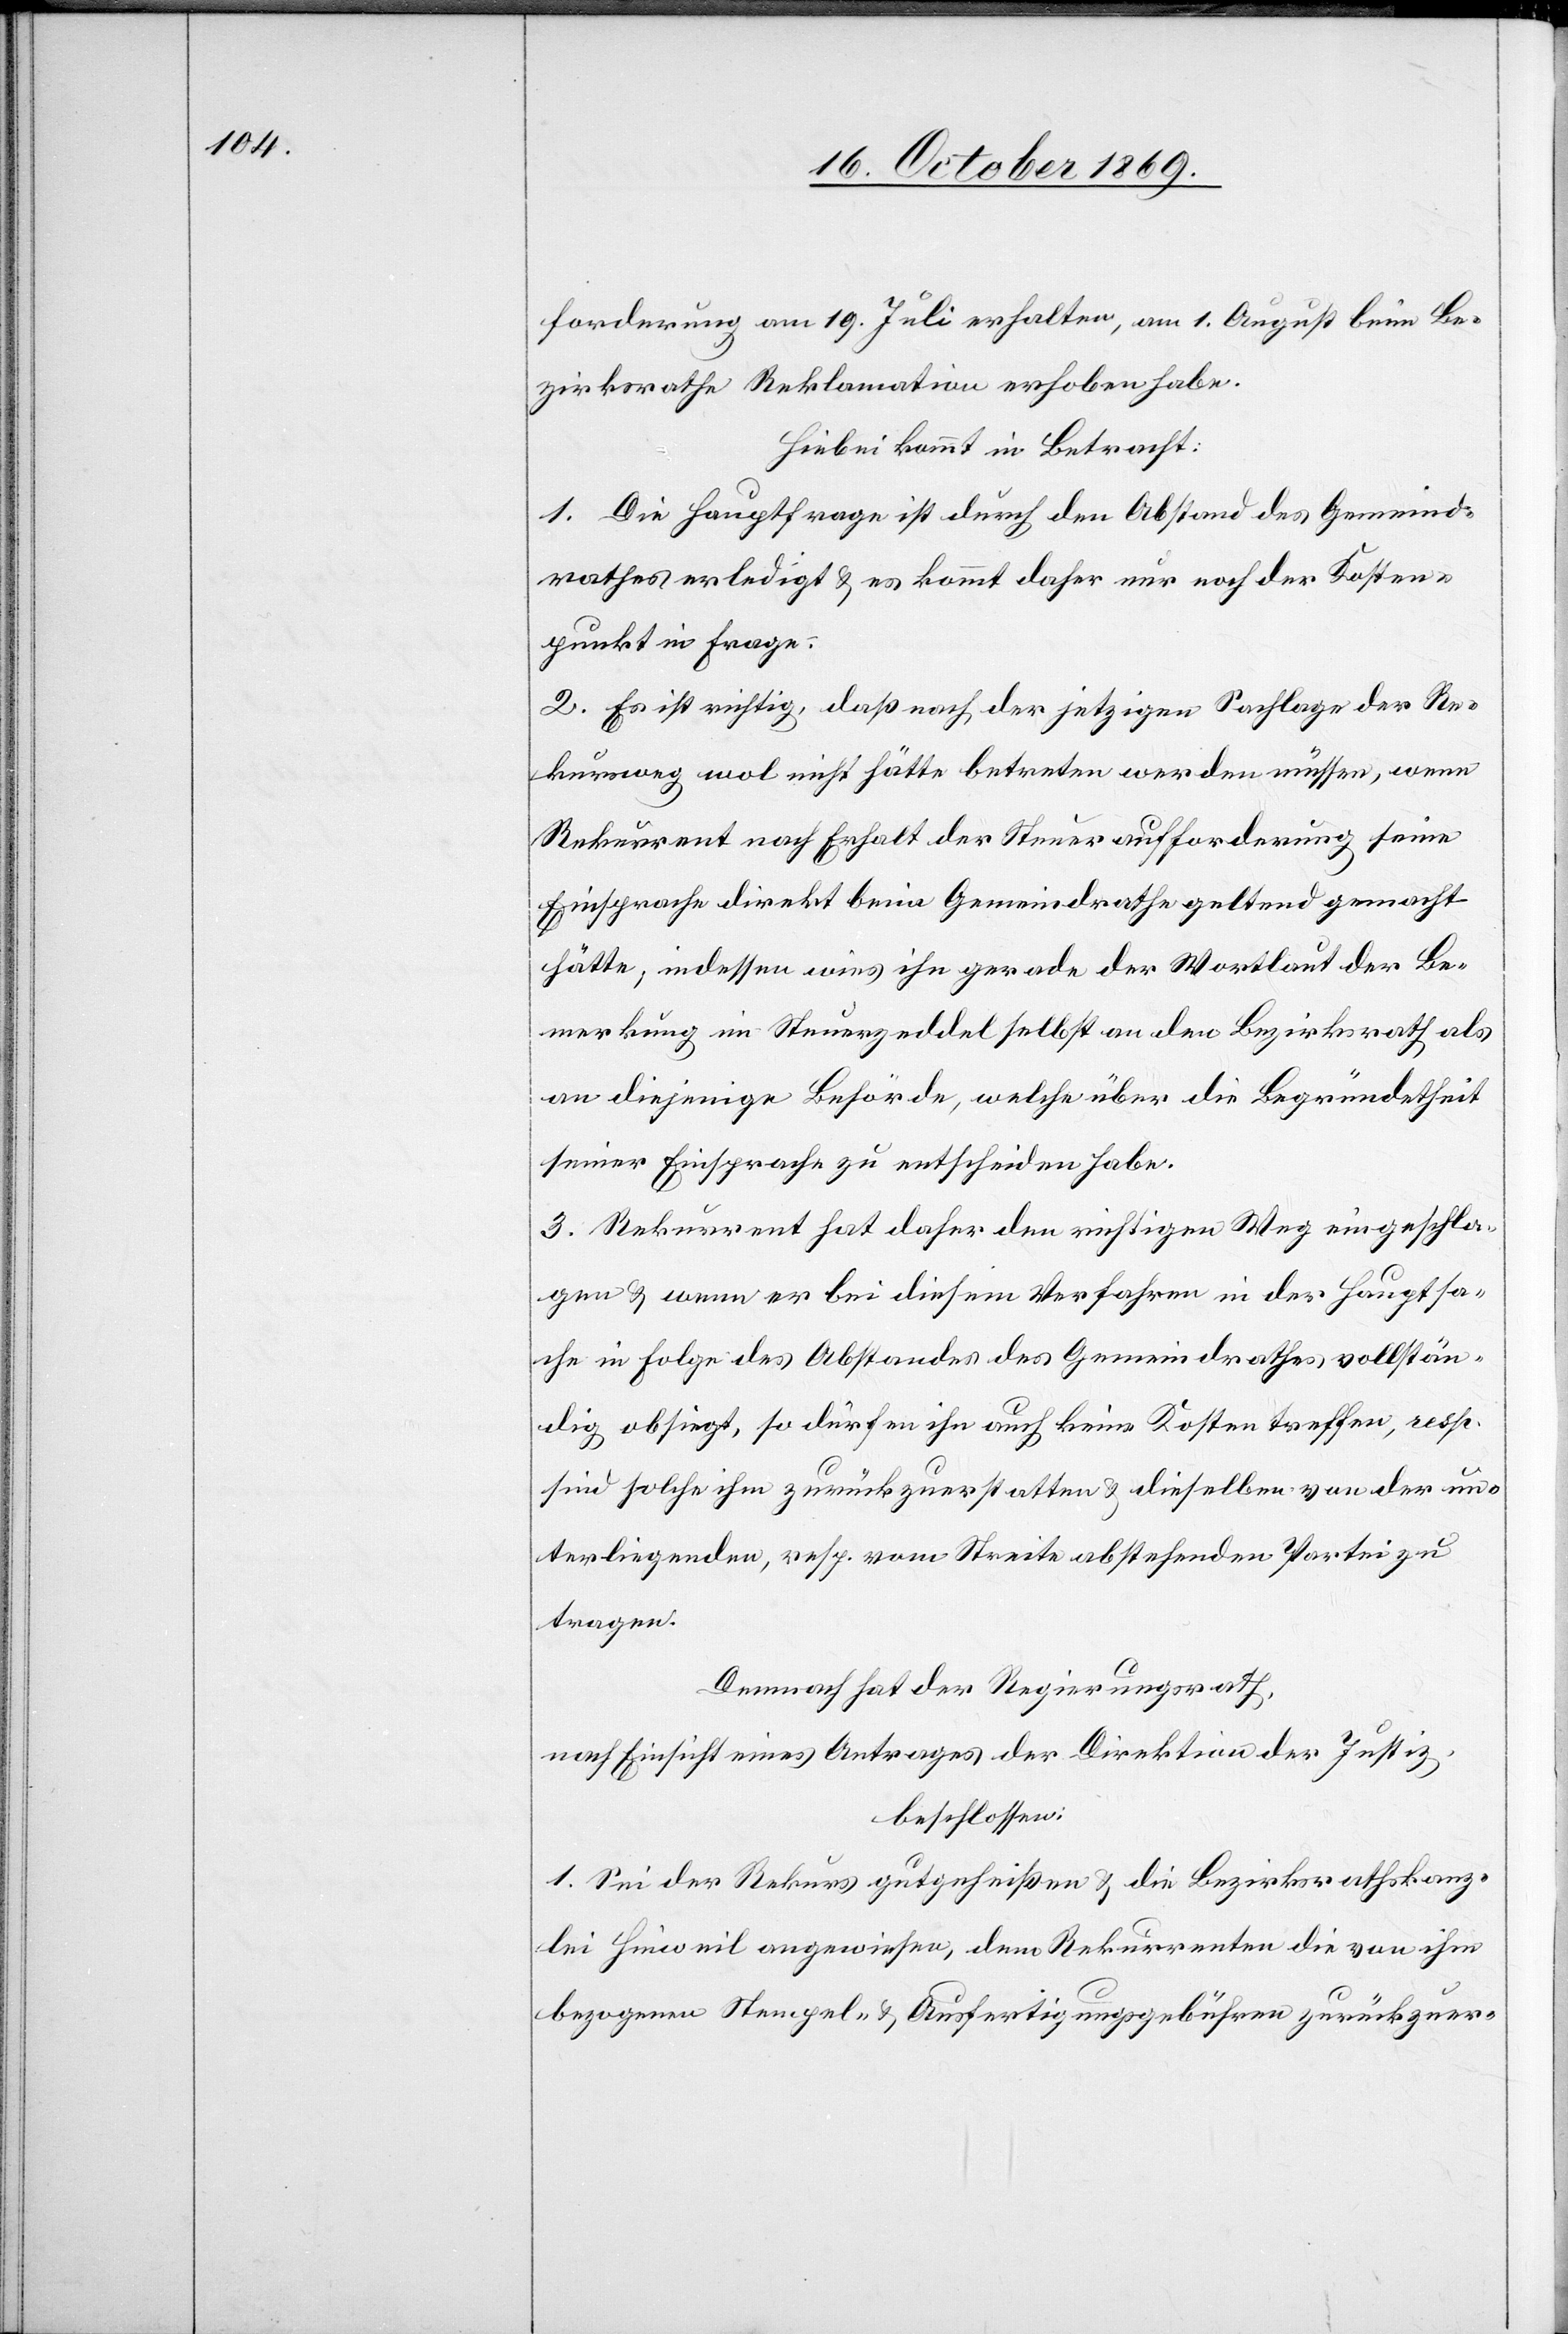
forderung am 19. Juli erhalten, am 1. August beim Be¬
zirksrathe Reklamation erhoben habe.
Hiebei kommt in Betracht:
1. Die Hauptfrage ist durch den Abstand des Gemeind¬
rathes erledigt & es kommt daher nur noch der Kosten¬
punkt in Frage.
2. Es ist richtig, daß nach der jetzigen Sachlage der Re¬
kursweg wol nicht hätte betreten werden müssen, wenn
Rekurrent nach Erhalt der Steueraufforderung seine
Einsprache direkt beim Gemeindrathe geltend gemacht
hätte; indessen wies ihn gerade der Wortlaut der Be¬
merkung im Steuerzeddel selbst an den Bezirksrath als
an diejenige Behörde, welche über die Begründetheit
seiner Einsprache zu entscheiden habe.
3. Rekurrent hat daher den richtigen Weg eingeschla¬
gen & wenn er bei diesem Verfahren in der Hauptsa¬
che in Folge des Abstandes des Gemeindrathes vollstän¬
dig obsiegt, so dürfen ihn auch keine Kosten treffen, resp.
sind solche ihm zurückzuerstatten & dieselben von der un¬
terliegenden, resp. vom Streite abstehenden Partei zu
tragen.
Demnach hat der Regierungsrath,
nach Einsicht eines Antrages der Direktion der Justiz,
beschlossen:
1. Sei der Rekurs gutgeheißen & die Bezirksrathskanz¬
lei Hinweil angewiesen, dem Rekurrenten die von ihm
bezogenen Stempel- & Ausfertigungsgebühren zurückzuer-